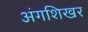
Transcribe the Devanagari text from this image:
अंगशिखर